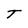
Character: T